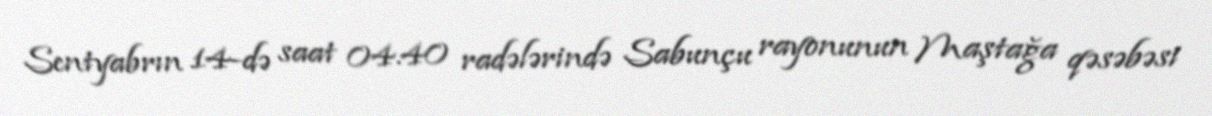
Sentyabrın 14-də saat 04.40 radələrində Sabunçu rayonunun Maştağa qəsəbəsi